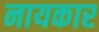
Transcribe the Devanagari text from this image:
नायकार